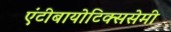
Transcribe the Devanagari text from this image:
एंटीबायोटिक्ससेमी